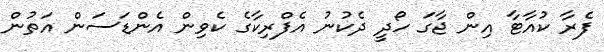
ފެރާ ކުއާޓާ އިން ޖާގަ ހޯދީ ދެކުނު އެފްރިކާގެ ކެވިން އެންޑަސަން އަތުން